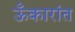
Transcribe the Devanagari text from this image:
ऊँकारांत